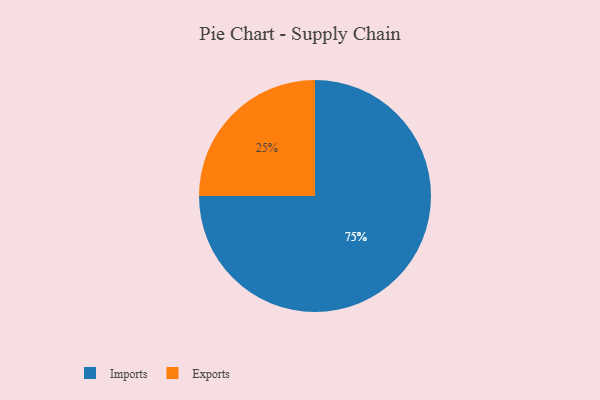
{"axis": {"x": "Category", "y": "Percentage"}, "legend": ["Exports", "Imports"], "data": [{"x": "Exports", "y": 25, "type": "Exports"}, {"x": "Imports", "y": 75, "type": "Imports"}]}